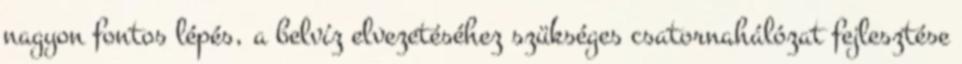
nagyon fontos lépés, a belvíz elvezetéséhez szükséges csatornahálózat fejlesztése